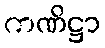
ကဏိဋ္ဌာ